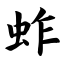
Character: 蚱